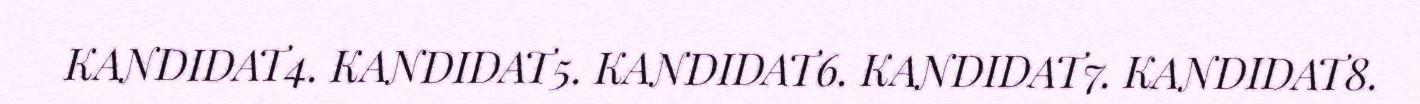
KANDIDAT4. KANDIDAT5. KANDIDAT6. KANDIDAT7. KANDIDAT8.